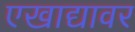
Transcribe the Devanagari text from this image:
एखाद्यावर